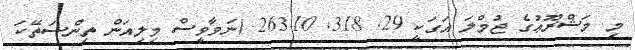
މި މަޝްރޫޢުގެ ޖުމްލަ އަގަކީ 29